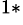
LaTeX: ^{1*}